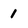
Character: 1